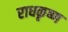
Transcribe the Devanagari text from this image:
राधकृष्ण